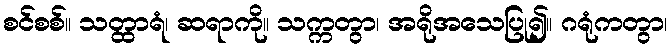
စင်စစ်။ သတ္ထာရံ၊ ဆရာကို။ သက္ကတွာ၊ အရိုအသေပြု၍။ ဂရုံကတွာ၊